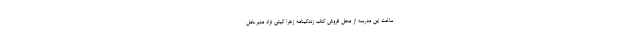
ساخت این مدرسه از محل فروش کتاب زندگینامه زهرا گیتی نژاد مدیرعامل